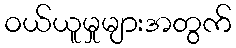
ဝယ်ယူမှုများအတွက်